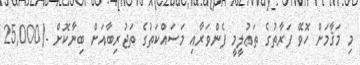
މި މަޤާމަށް ހޮވޭ ފަރާތުގެ ތަޢުލީމީ ފެންވަރާއި މަސައްކަތުގެ ތަޖުރިބާއަށް ބިނާކޮށް -/25